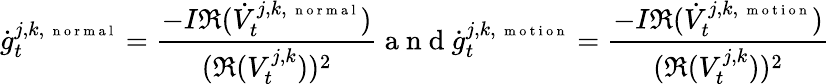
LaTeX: \dot{g}_{t}^{j,k,\mathrm{~\scriptsize~n~o~r~m~a~l~}}=\frac{-I\mathfrak R(\dot{V}_{t}^{j,k,\mathrm{~\scriptsize~n~o~r~m~a~l~}})}{(\mathfrak R(V_{t}^{j,k}))^{2}}\mathrm{~a~n~d~}\dot{g}_{t}^{j,k,\mathrm{~\scriptsize~m~o~t~i~o~n~}}=\frac{-I\mathfrak R(\dot{V}_{t}^{j,k,\mathrm{~\scriptsize~m~o~t~i~o~n~}})}{(\mathfrak R(V_{t}^{j,k}))^{2}}